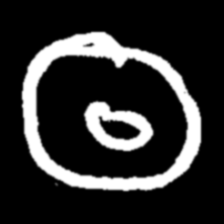
Pyu character \u2014 Myanmar letter: ထ (romanized: tha)